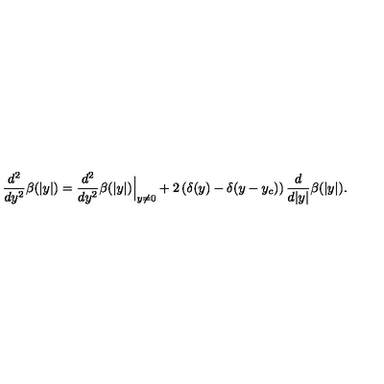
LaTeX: \frac { d ^ { 2 } } { d y ^ { 2 } } \beta ( | y | ) = \frac { d ^ { 2 } } { d y ^ { 2 } } \beta ( | y | ) \Big | _ { y \ne 0 } + 2 \left( \delta ( y ) - \delta ( y - y _ { c } ) \right) \frac { d } { d | y | } \beta ( | y | ) .